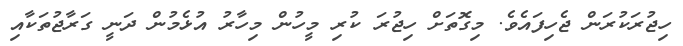
ހިޖުރަކުރަން ޖެހިފައެވެ. މިގޮތަށް ހިޖުރަ ކުރި މީހުން މިހާރު އުޅެމުން ދަނީ ގަރާޖުތަކާއި